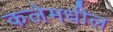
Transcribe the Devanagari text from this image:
कलेमधील